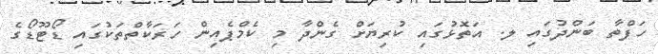
ހަފްތާ ބަންދުގައި ލ. އަތޮޅުގައި ކުރިޔަށް ގެންދާ މި ކެމްޕެއިން ހަރަކާތްތަކުގައި ޑޯޓޫޑޯގެ